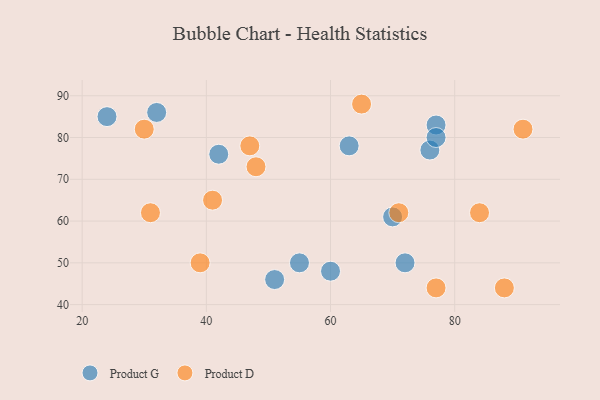
{"axis": {"x": "GDP", "y": "Life Expectancy"}, "legend": ["Product D", "Product G"], "data": [{"x": "72", "y": 50, "type": "Product G"}, {"x": "63", "y": 78, "type": "Product G"}, {"x": "32", "y": 86, "type": "Product G"}, {"x": "24", "y": 85, "type": "Product G"}, {"x": "42", "y": 76, "type": "Product G"}, {"x": "51", "y": 46, "type": "Product G"}, {"x": "77", "y": 83, "type": "Product G"}, {"x": "76", "y": 77, "type": "Product G"}, {"x": "70", "y": 61, "type": "Product G"}, {"x": "55", "y": 50, "type": "Product G"}, {"x": "60", "y": 48, "type": "Product G"}, {"x": "77", "y": 80, "type": "Product G"}, {"x": "77", "y": 44, "type": "Product D"}, {"x": "31", "y": 62, "type": "Product D"}, {"x": "39", "y": 50, "type": "Product D"}, {"x": "84", "y": 62, "type": "Product D"}, {"x": "65", "y": 88, "type": "Product D"}, {"x": "41", "y": 65, "type": "Product D"}, {"x": "47", "y": 78, "type": "Product D"}, {"x": "48", "y": 73, "type": "Product D"}, {"x": "71", "y": 62, "type": "Product D"}, {"x": "30", "y": 82, "type": "Product D"}, {"x": "91", "y": 82, "type": "Product D"}, {"x": "88", "y": 44, "type": "Product D"}]}